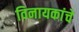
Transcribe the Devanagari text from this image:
विनायकांचे